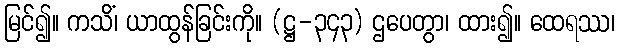
မြင်၍။ ကသိံ၊ ယာထွန်ခြင်းကို။ (ဋ္ဌ-၃၄၃) ဌပေတွာ၊ ထား၍။ ထေရဿ၊